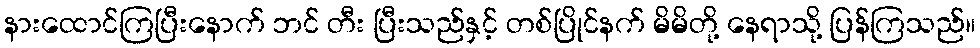
နားထောင်ကြပြီးနောက် ဘင် တီး ပြီးသည်နှင့် တစ်ပြိုင်နက် မိမိတို့ နေရာသို့ ပြန်ကြသည်။